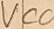
Text: VCC